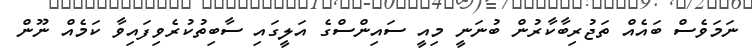
ނަމަވެސް ބައެއް ތަޖުރިބާކާރުން ބުނަނީ މިއީ ސައިންސްގެ އަލީގައި ސާބިތުކުރެވިފައިވާ ކަމެއް ނޫން